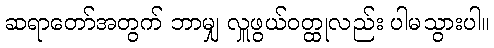
ဆရာတော်အတွက် ဘာမျှ လှူဖွယ်ဝတ္ထုလည်း ပါမသွားပါ။